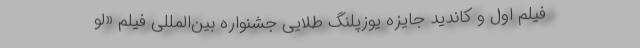
فیلم اول و کاندید جایزه یوزپلنگ طلایی جشنواره بین‌المللی فیلم «لو